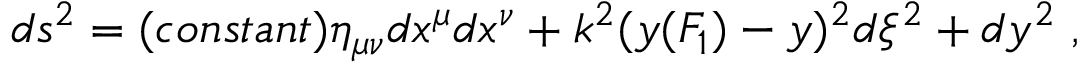
d s ^ { 2 } = ( c o n s t a n t ) \eta _ { \mu \nu } d x ^ { \mu } d x ^ { \nu } + k ^ { 2 } ( y ( F _ { 1 } ) - y ) ^ { 2 } d \xi ^ { 2 } + d y ^ { 2 } \; ,